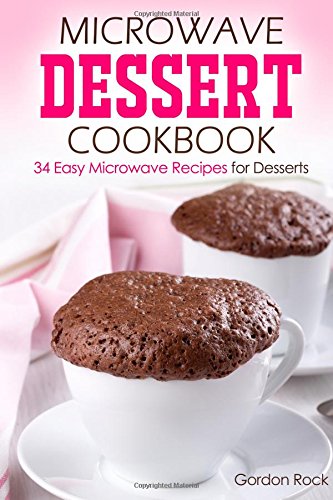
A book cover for Microwave Dessert Cookbook: 34 Easy Microwave Recipes for Desserts; Gordon Rock; Cookbooks, Food & Wine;